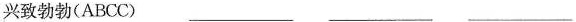
兴致勃勃 (ABCC) ___ ___ ___